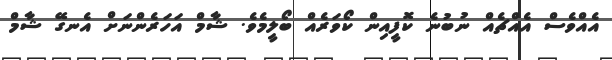
އެއްވެސް އެއްޗެއް ނުބުނެ ކޮފީއިން ކޯވަރެއް ބޯލީމެވެ. ޝާމް އަހަރެންނަށް އެނގޭ ޝާމް